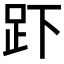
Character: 𮛃